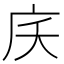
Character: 𭙖